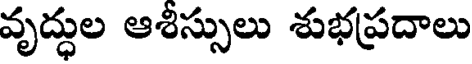
వృద్ధుల ఆశిస్సులు శుభప్రదాలు